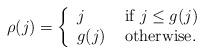
LaTeX: \begin{align*}\rho(j) = \left \{\begin{array}{ll}j & \mbox{ if $j \leq g(j)$}\\g(j) & \mbox{ otherwise.}\end{array}\right .\end{align*}